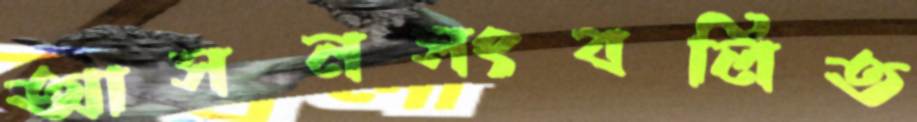
আসনসংবলিত